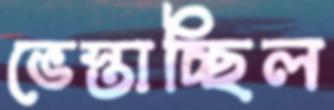
ভেস্তাচ্ছিল